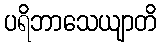
ပရိဘာသေယျာတိ